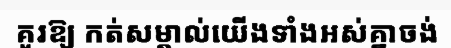
គួរឱ្យ កត់សម្គាល់យើងទាំងអស់គ្នាចង់